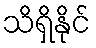
သိရှိနိုင်